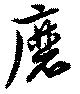
磨